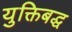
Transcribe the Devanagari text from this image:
युक्तिबद्ध